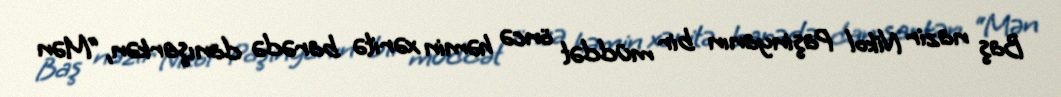
Baş nazir Nikol Paşinyanın bir müddət öncə həmin xəritə barədə danışarkən, “Mən